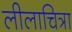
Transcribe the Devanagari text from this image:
लीलाचित्रा